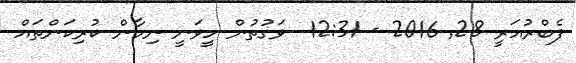
ފެބްރުއަރީ 28